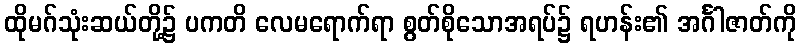
ထိုမဂ်သုံးဆယ်တို့၌ ပကတိ လေမရောက်ရာ စွတ်စိုသောအရပ်၌ ရဟန်း၏ အင်္ဂါဇာတ်ကို